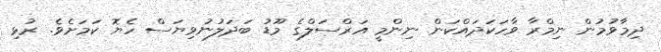
ދިމާވުމުން ނިމްރާ ވާހަކަދައްކަން ނިންމީ އަރްސަލްގެ މޫޑު ބަދަލުނުވިޔަސް ހެޔޮ ކަމަށެވެ. ރުޅި